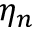
\eta _ { n }